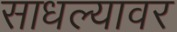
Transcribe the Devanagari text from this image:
साधल्यावर